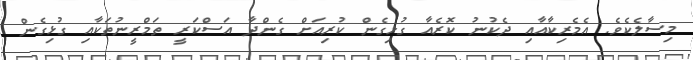
މިސާލެކެވެ. އެމެރިކާއާއި ދެކުނު ކޮރެއާ ގުޅިގެން ކުރިއަށް ގެންދާ އަސްކަރީ ތަމްރީނުތަކާއި ގުޅިގެން